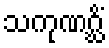
သကုဏဂ္ဃိံ